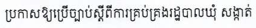
ប្រកាសឱ្យប្រើច្បាប់ស្តីពីការគ្រប់គ្រងរដ្ឋបាលឃុំ សង្កាត់